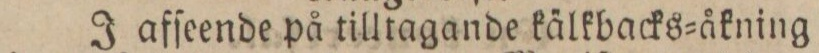
J afſeende på tilltagande kälkbacks=åkning